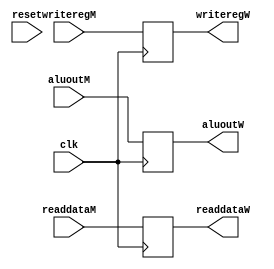
module m_w(input clk,reset,
	input [31:0] aluoutM,readdataM,
	input  [4:0] writeregM,

	output reg [31:0] aluoutW,readdataW,
	output reg [4:0] writeregW);

always @(posedge clk)
begin
	aluoutW <= aluoutM;
	readdataW <= readdataM;
	writeregW <= writeregM;
end
endmodule